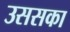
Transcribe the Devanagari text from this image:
उससका